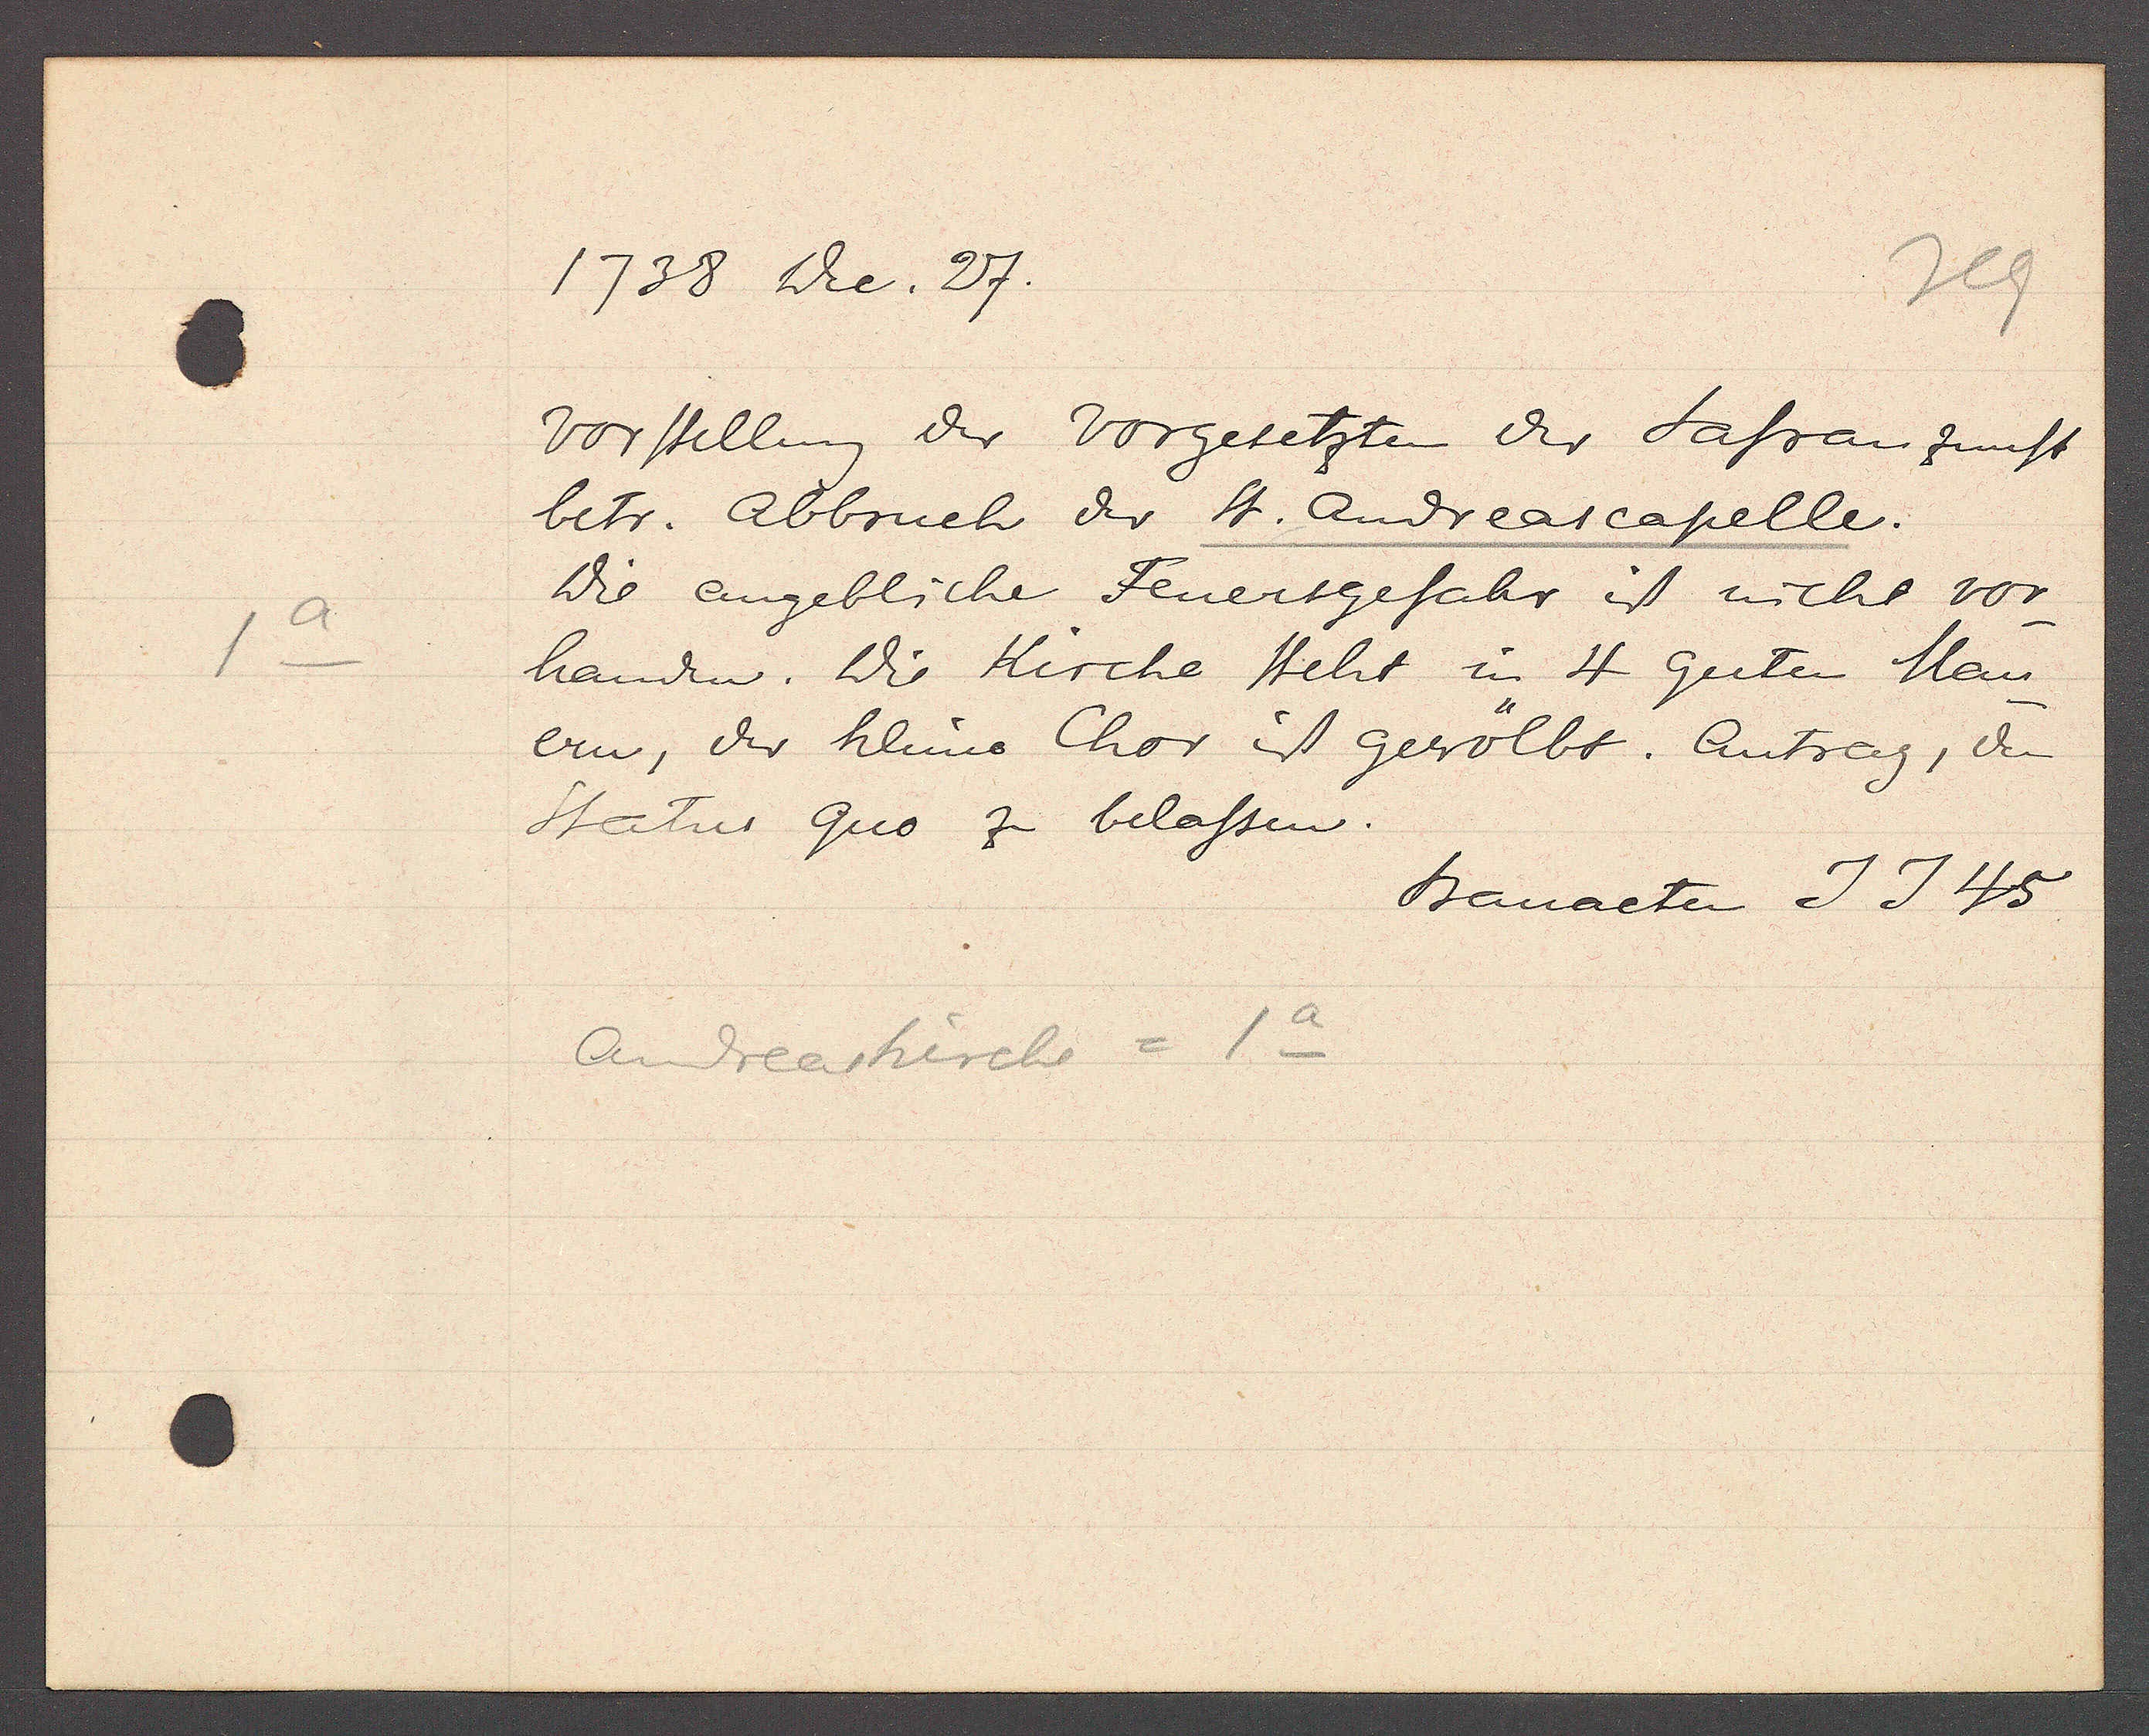
Transcript:
1a

1738 De. 27.

Vorstellung der vorgesetzten der Safranzunft
betr. Abbruch der St. Andreascapelle.
Die angebliche Feuersgefahr is nicht vor
handen. Die Kirche steht in 4 guten Mau¬
ern, der kleine Chor is gewölbt. Antrag, den
Status quo zu belassen.

Andreaskirche = 1a

Bauacten J J 45